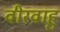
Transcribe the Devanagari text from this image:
वीरवाहु